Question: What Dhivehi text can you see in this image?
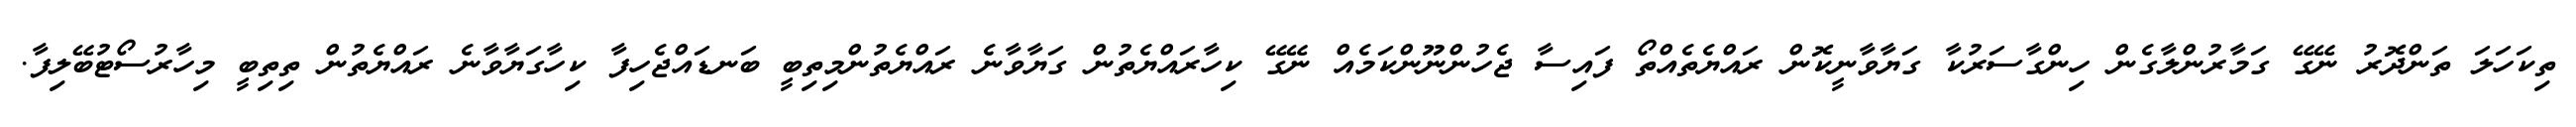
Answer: ތިކަހަލަ ތަންދޮރު ނޭގޭ ގަމާރުންލާގެން ހިންގާސަރުކާ ގަޔާވާނީކޮން ރައްޔެތެއްތޯ ފައިސާ ޖެހުންނޫންކަމެއް ނޭގޭ ކިހާރައްޔެތުން ގަޔާވާނެ ރައްޔެތުންމިތިބީ ބަނޑައްޖެހިފާ ކިހާގަޔާވާނެ ރައްޔެތުން ތިތިބީ މިހާރުސޯޓުބޭލިފާ.